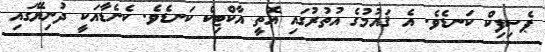
ޕެސިފިކް ކަނޑެވެ. އެ ޤައުމުގެ އުތުރުގައި އޮތީ އާކްޓިކް ކަނޑެވެ. ކެނެޑާއަކީ ދުނިޔޭގައި